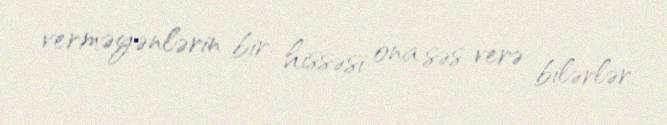
verməyənlərin bir hissəsi ona səs verə bilərlər.